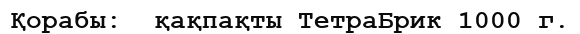
Қорабы:  қақпақты ТетраБрик 1000 г.